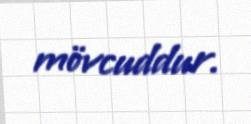
mövcuddur.